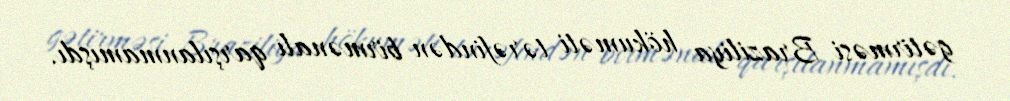
gətirməsi Braziliya hökuməti tərəfindən birmənalı qarşılanmamışdı.